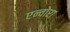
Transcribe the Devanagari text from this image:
एन्चोरा